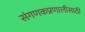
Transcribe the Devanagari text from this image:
संगणकप्रणालीसाठी